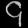
Digit: ၄